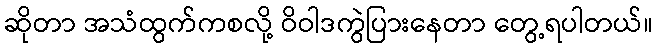
ဆိုတာ အသံထွက်ကစလို့ ဝိဝါဒကွဲပြားနေတာ တွေ့ရပါတယ်။